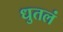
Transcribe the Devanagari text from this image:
धुतलं